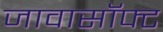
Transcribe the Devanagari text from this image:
जावासॉफ्ट